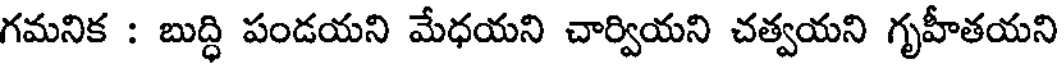
గమనిక : బుద్ధి పండయని మేధయని చార్వియని చత్వయని గృహీతయని